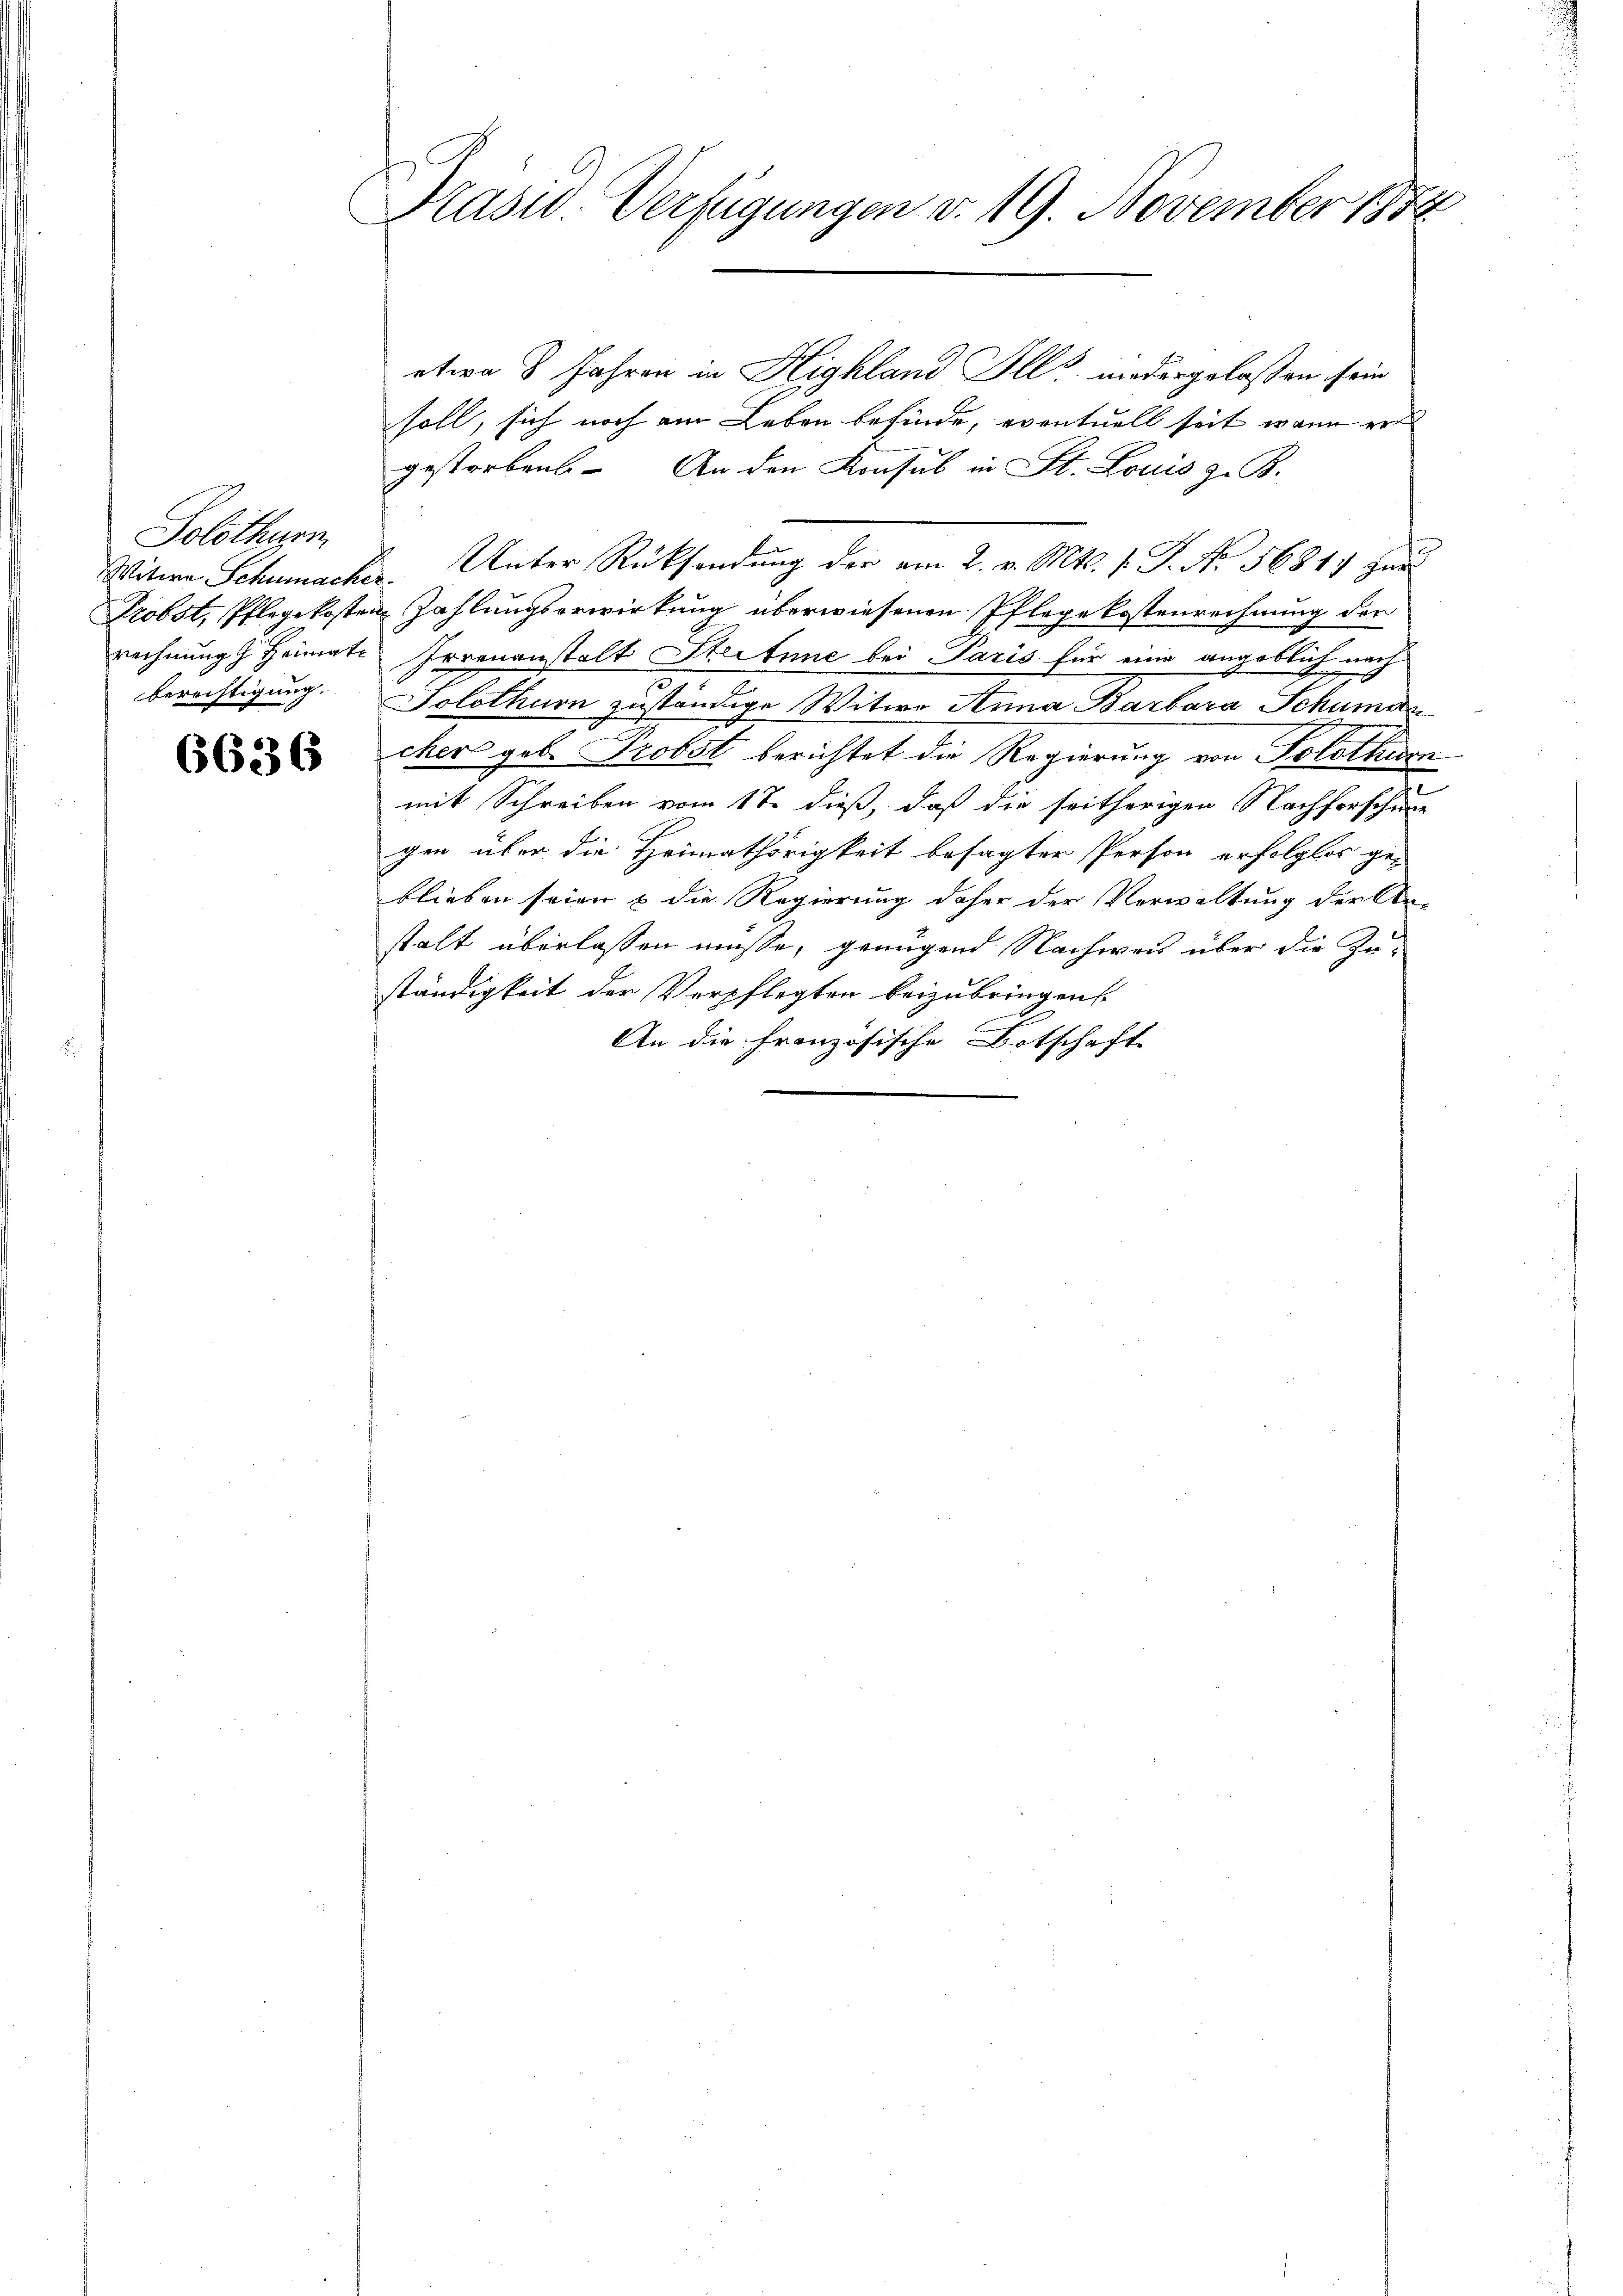
Solothurn
Berechtigung.

6636

Prasid. Verfügungen v. 19. November 1854

etwa 8 Jahren in Highland Ill. niedergelassen sein
soll, sich noch am Leben befinde, eventuell seit wann ers
gestorbens. An den Konsul in St. Louis z. B.
Witwe Schumacher. Unter Rücksendung der am 2. v. Mts. v. J. No. 56847 zur
Probst, Pflegekosten Zahlungserwirkung überwiesenen Pflegekostenrechnung der
rechnung Heimate Irrenanstalt Stectine bei Paris für eine angeblich nach
Solothurn zuständige Witwe Anna Barbara Schuman
cher geb. Probst berichtet die Regierung von Solothurn
mit Schreiben vom 17. dieß, daß die seitherigen Nachforschine
gen über die Heimathörigkeit besagter Person erfolglos ge-
blieben seien & die Regierung daher der Verwaltung der An-
stalt überlassen müsse, genügend Nachweis über die Zu-
ständigkeit der Verpflegten beizubringen.
An die französische Botschaft